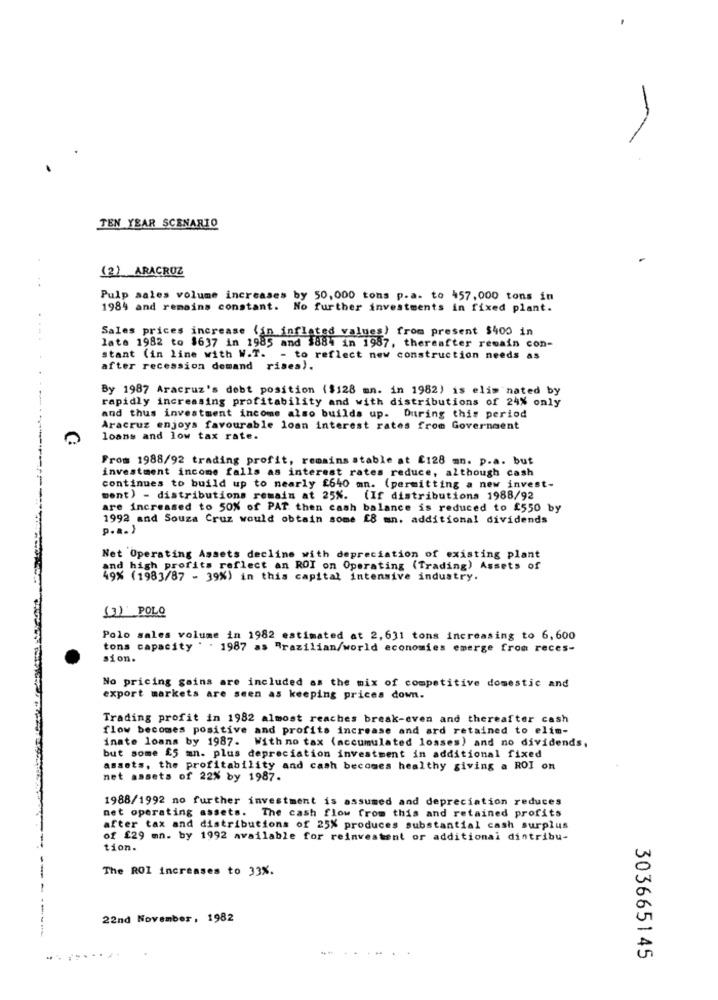
TEN YEAR SCENARIO
(2) ARACROZ
Pulp sales volume increases by 50,000 tons p.a. to 457,000 tons in
1984 and remains constant.
No further investments in fixed plant.
Sales prices increase (in inflated values) from present $400 in
late 1982 to $637 in 1985 and $884 in 1987, thereafter remain con-
stant (in line with W.T. - to reflect new construction needs as
after recession demand rises).
By 1987 Aracruz's debt position ($128 mn. in 1982) is elim nated by
rapidly increasing profitability and with distributions of 24% only
and thus investment income also builds up. During this period
Aracruz enjoys favourable loan interest rates from Government
loans and low tax rate.
From 1988/92 trading profit, remains stable at £128 mn. p.a. but
investment income falls as interest rates reduce, although cash
continues to build up to nearly £640 mn. (permitting a new invest-
ment) - distributions remain at 25%. (If distributions 1988/92
are increased to 50% of PAT then cash balance is reduced to £550 by
1992 and Souza Cruz would obtain some £8 mn. additional dividends
p.a. )
Net Operating Assets decline with depreciation of existing plant
and high profits reflect an ROI on Operating (Trading) Assets of
49% (1983/87 - 39%) in this capital intensive industry.
(3) POLO
Polo sales volume in 1982 estimated at 2,631 tons increasing to 6,600
tons capacity . . 1987 as Brazilian/world economies emerge from reces-
sion.
No pricing gains are included as the mix of competitive domestic and
export markets are seen as keeping prices down.
Trading profit in 1982 almost reaches break-even and thereafter cash
flow becomes positive and profits increase and ard retained to elim-
inate loans by 1987. With no tax (accumulated losses) and no dividends,
but some £5 mn. plus depreciation investment in additional fixed
assets, the profitability and cash becomes healthy giving a ROI on
net assets of 22% by 1987.
1988/1992 no further investment is assumed and depreciation reduces
net operating assets. The cash flow from this and retained profits
after tax and distributions of 25% produces substantial cash surplus
of £29 mn. by 1992 available for reinvestent or additional distribu-
tion.
The ROI increases to 33%.
22nd November, 1982
303665145